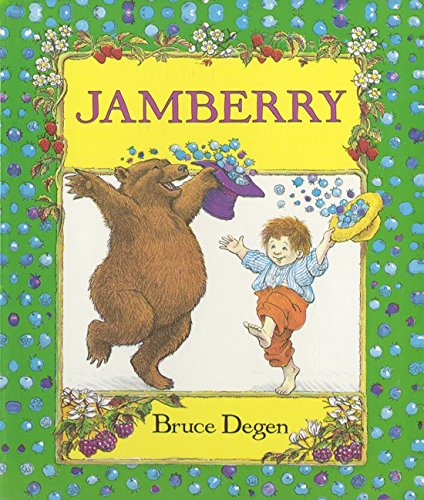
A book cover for Jamberry; Bruce Degen; Children's Books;